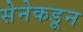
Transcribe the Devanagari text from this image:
सेनेकडून